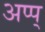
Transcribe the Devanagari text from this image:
अप्प्